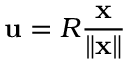
{ \bf u } = R \frac { { \bf x } } { \| { \bf x } \| }